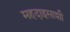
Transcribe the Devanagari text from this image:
महदाइसाशी